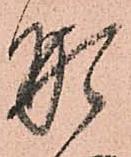
形